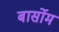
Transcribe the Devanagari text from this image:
बार्सोम